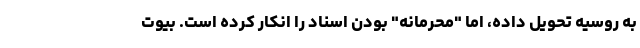
به روسیه تحویل داده، اما "محرمانه" بودن اسناد را انکار کرده است. بیوت